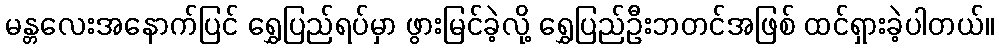
မန္တလေးအနောက်ပြင် ရွှေပြည်ရပ်မှာ ဖွားမြင်ခဲ့လို့ ရွှေပြည်ဦးဘတင်အဖြစ် ထင်ရှားခဲ့ပါတယ်။